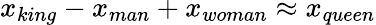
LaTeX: x_{king}-x_{man}+x_{woman}\approx x_{queen}